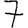
Digit: 7